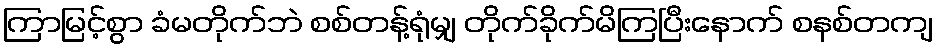
ကြာမြင့်စွာ ခံမတိုက်ဘဲ စစ်တန့်ရုံမျှ တိုက်ခိုက်မိကြပြီးနောက် စနစ်တကျ